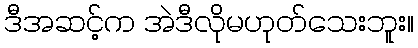
ဒီအဆင့်က အဲဒီလိုမဟုတ်သေးဘူး။